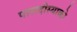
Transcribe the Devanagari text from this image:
पारादीस्याको